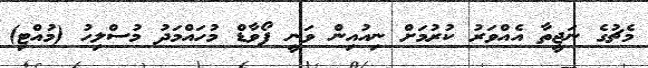
މެޗުގެ ނަޖީތާ އެއްވަރު ކުރުމަށް ނިއުއިން ވަނީ ފޯވާޑް މުހައްމަދު މުސްލިހު (މުއްޓި)